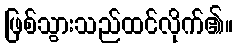
ဖြစ်သွားသည်ထင်လိုက်၏။